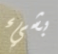
بشيء